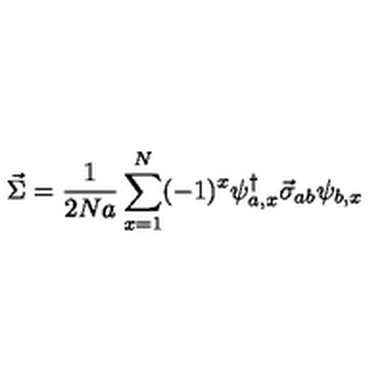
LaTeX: \vec { \Sigma } = \frac { 1 } { 2 N a } \sum _ { x = 1 } ^ { N } ( - 1 ) ^ { x } \psi _ { a , x } ^ { \dagger } \vec { \sigma } _ { a b } \psi _ { b , x }